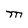
Character: M